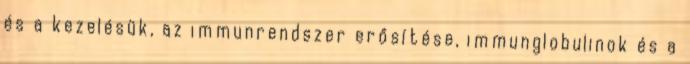
és a kezelésük, az immunrendszer erősítése, immunglobulinok és a